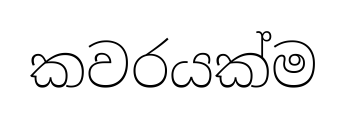
කවරයක්ම